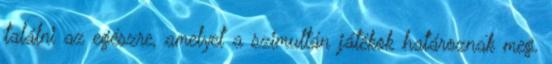
találni az egészre, amelyet a szimultán játékok határoznak meg.